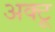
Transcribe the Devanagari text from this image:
अक्टू